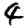
Digit: 4